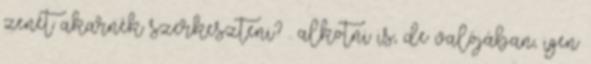
zenét akarnék szerkeszteni? . alkotni is, de valójában, igen